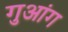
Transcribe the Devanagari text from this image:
गुआंग